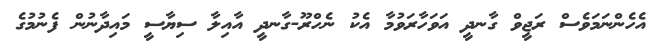
އެހެންނަމަވެސް ރަޖީވް ގާނދީ އަވަހާރަވުމާ އެކު ނެހްރޫ-ގާނދީ އާއިލާ ސިޔާސީ މައިދާނުން ފެނުމުގެ